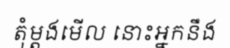
តុំម្តងមើល នោះអ្នកនឹង